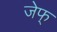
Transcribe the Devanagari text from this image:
जेफ्